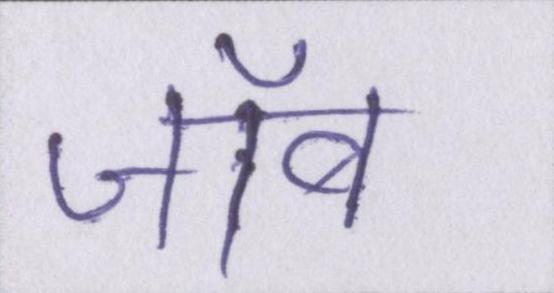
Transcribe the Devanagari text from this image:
जॉब